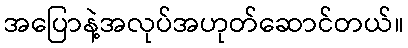
အပြောနဲ့အလုပ်အဟုတ်ဆောင်တယ်။